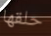
حلقها